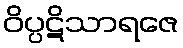
ဝိပ္ပဋိသာရဇေ